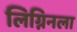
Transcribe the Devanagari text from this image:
लिग्निनला